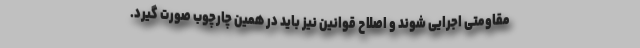
مقاومتی اجرایی شوند و اصلاح قوانین نیز باید در همین چارچوب صورت گیرد.